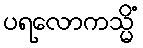
ပရလောကသ္မိံ